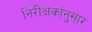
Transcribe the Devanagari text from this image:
निरीक्षकांनुसार